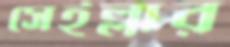
সেইল্লার